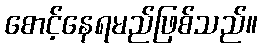
စောင့်နေရမည်ဖြစ်သည်။